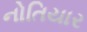
નોતિયાર